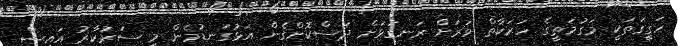
ހަގީގަތަކީ މަގުމަތީގެ ހަރަކާތް ވަރަށް ރަނގަޅަށް ދަސްކޮށްގެން އަޅުގަނޑުމެން މި ސަރުކާރު އައިސް